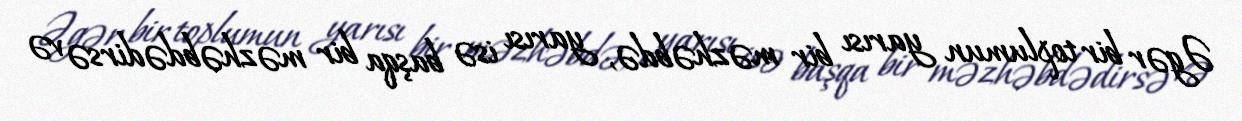
Əgər bir toplumun yarısı bir məzhəbdə, yarısı isə başqa bir məzhəbdədirsə və